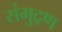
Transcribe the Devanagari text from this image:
संमुद्रण